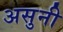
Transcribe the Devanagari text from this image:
असुनी